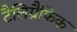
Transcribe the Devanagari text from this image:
टैलिग्रैफिक